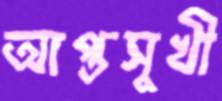
আপ্তসুখী